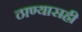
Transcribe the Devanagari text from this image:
ठाण्यासही